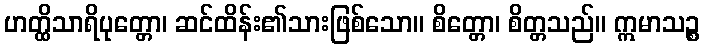
ဟတ္ထိသာရိပုတ္တော၊ ဆင်ထိန်း၏သားဖြစ်သော။ စိတ္တော၊ စိတ္တသည်။ ဣမာသဉ္စ